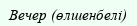
Вечер (өлшенбелі)